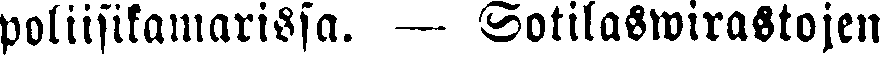
poliisikamarissa. — Sotilaswirastojen